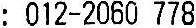
: 012-2060 778